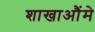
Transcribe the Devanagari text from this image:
शाखाऔंमे